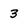
Character: 3